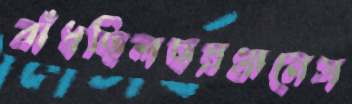
বাঁধছিলছয়গ্রামেস